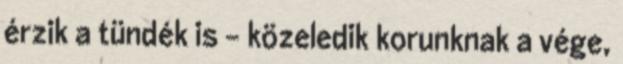
érzik a tündék is - közeledik korunknak a vége,